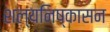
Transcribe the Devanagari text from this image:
शल्यनिष्कासन